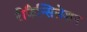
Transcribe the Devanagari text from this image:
रीकैन्सिलेशन